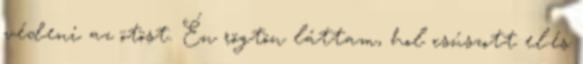
védeni az ötöst. Én rögtön láttam, hol csúszott el.és